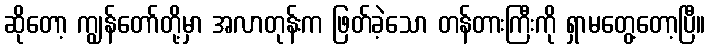
ဆိုတော့ ကျွန်တော်တို့မှာ အလာတုန်းက ဖြတ်ခဲ့သော တန်တားကြီးကို ရှာမတွေ့တော့ပြီ။